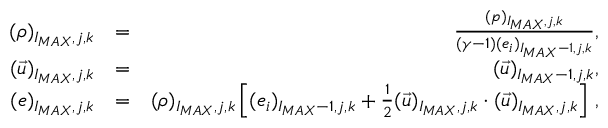
\begin{array} { r l r } { { ( \rho ) _ { I _ { M A X } , j , k } } } & { { = } } & { { \frac { ( p ) _ { I _ { M A X } , j , k } } { ( \gamma - 1 ) ( e _ { i } ) _ { I _ { M A X } - 1 , j , k } } \mathrm { , } } } \\ { { ( \vec { u } ) _ { I _ { M A X } , j , k } } } & { { = } } & { { ( \vec { u } ) _ { I _ { M A X } - 1 , j , k } \mathrm { , } } } \\ { { ( e ) _ { I _ { M A X } , j , k } } } & { { = } } & { { ( \rho ) _ { I _ { M A X } , j , k } \left[ ( e _ { i } ) _ { I _ { M A X } - 1 , j , k } + \frac { 1 } { 2 } ( \vec { u } ) _ { I _ { M A X } , j , k } \cdot ( \vec { u } ) _ { I _ { M A X } , j , k } \right] \, \mathrm { , } } } \end{array}